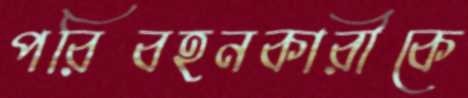
পরিবহনকারীকে